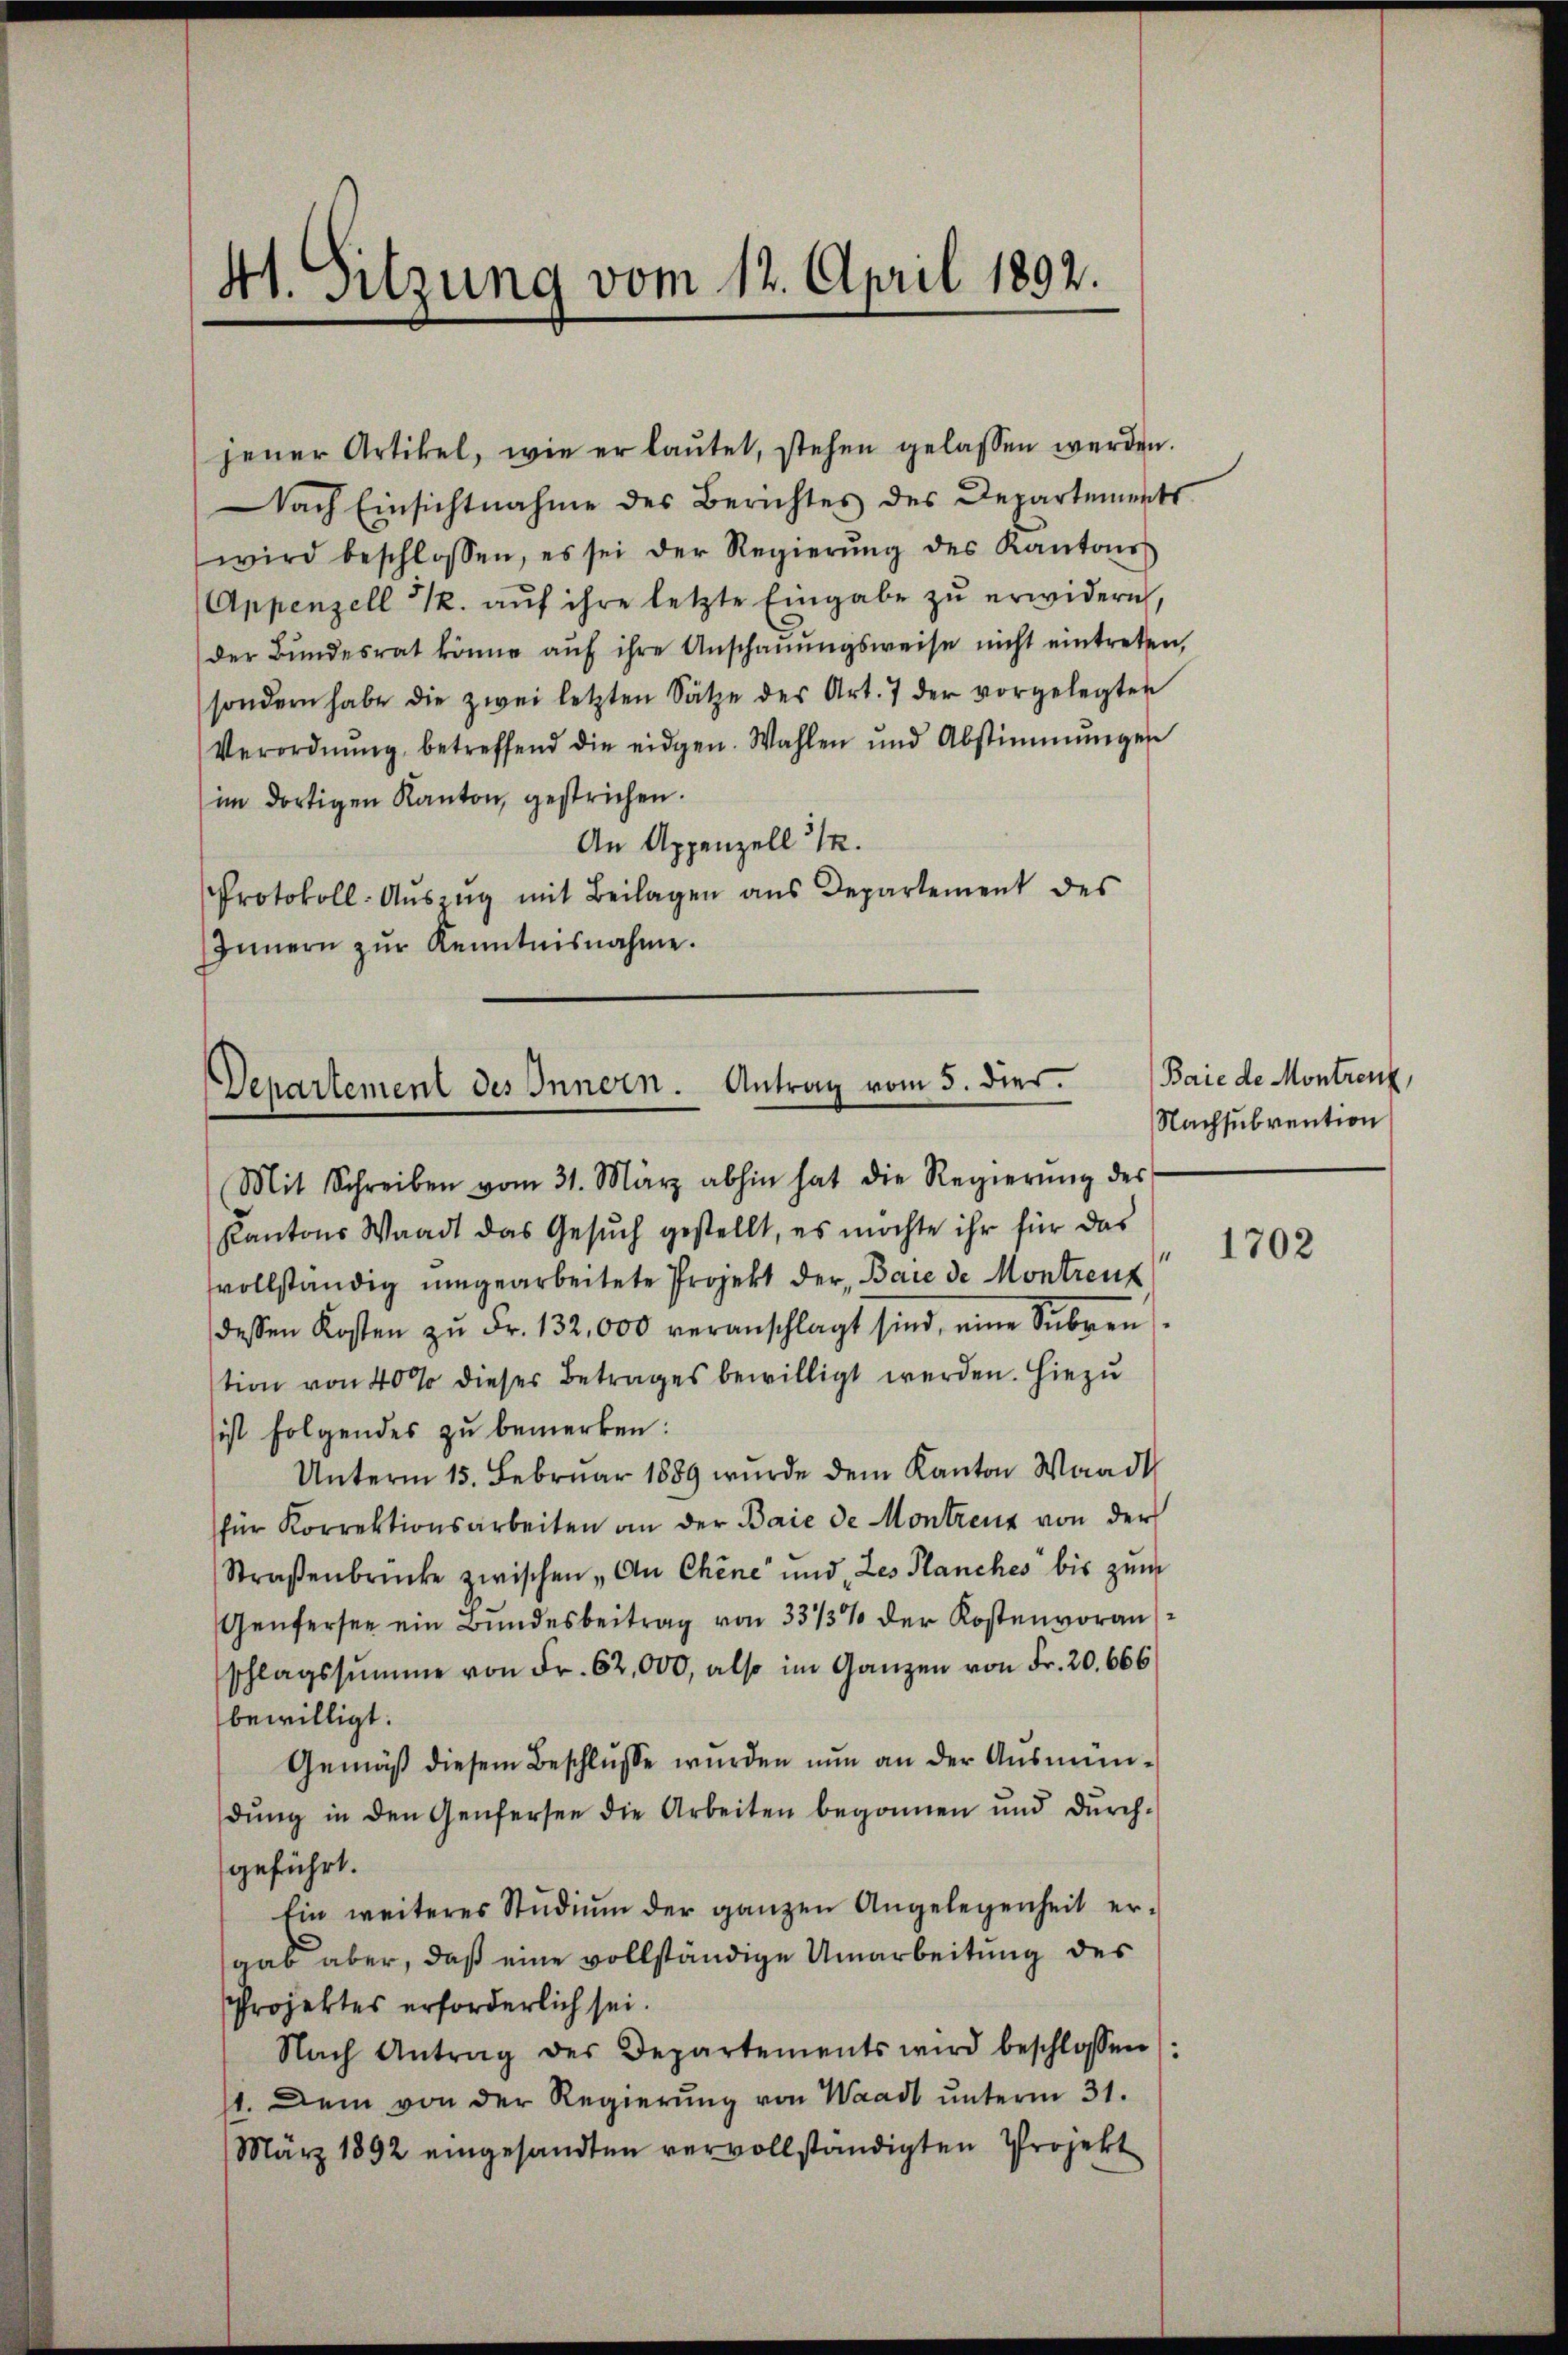
41. Sitzung vom 12. April 1892.

jener Artikel, wie er laŭtet, stehen gelassen werden.
Nach Einsichtnahme des Berichtes des Departements
wird beschlossen, es sei der Regierŭng des Kantons
Appenzell I. aŭf ihre letzte Eingabe zŭ erwidern,
der Bundesrat könne auf ihre Anschauungsweise nicht eintreten,
sondern habe die zwei letzten Sätze der Art. 7 der vorgelegten
Verordnŭng, betreffend die eidgen. Wahlen und Abstimmungen
im dortigen Kanton, gestrichen.
An Appenzell I.
Protokoll-Aŭszŭg mit Beilagen ans Departement des
Innern zŭr Kenntnisnahme.

Departement des Innern. Antrag vom 5. dies.

Mit Schreiben vom 31. März abhin hat die Regierŭng der
Kantons Waadt das Gesuch gestellt, es möchte ihr für das
svollständig umgearbeitete Projekt der, Bare de Montreut
dessen Kosten zŭ Fr. 132,000 veranschlagt sind, eine Subren
tion von 40% dieser Betrages bewilligt werden. Hiezu
ist folgendes zu bemerken:
Unterm 15. Februar 1889 wurde dem Kanton Waadt
für Korrektionsarbeiten an der Baie de Montrenz von der
Straßenbrücke zwischen „An Chene und Les Planches bis zum
Genfersee ein Bundesbeitrag von 33/3% der Kostenvoraus
schlagssumme von Fr. 62,000, also im Ganzen von Fr. 20. 666
bewilligt.
Gemäß diesem Beschlusse wurden nun an der Ausmündŭng in den Genfersee die Arbeiten begonnen und dŭrch-
geführt.
Ein weiteres Stŭdiŭm der ganzen Angelegenheit er-
gab aber, daß eine vollständige Umarbeitung des
Projektes erforderlich sei.
Nach Antrag des Departements wird beschlossen:
1. Dem von der Regierŭng von Waadt ŭnterm 31.
März 1892 eingesandten vervollständigten Projekt

Baie de Montren
Nachsubvention

1702